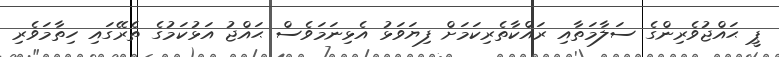
ޕީ ޙައްޖުވެރިންގެ ސަލާމަތާއި ރައްކާތެރިކަމަށް ފިޔަވަޅު އެޅިނަމަވެސް ޙައްޖު އަޅުކަމުގެ ތެރޭގައި ހިތާމަވެރި